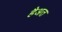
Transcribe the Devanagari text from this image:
हैअत